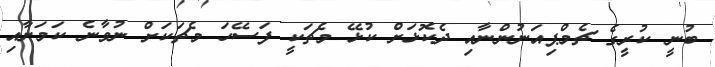
ބުނީ ކުރީގެ ޗެމްޕިއަނުންނާއި ދެކޮޅަށް ކުޅޭ މެޗަކީ ފަސޭހަ މެޗަކަށް ނުވާނެ ކަމަށާއި